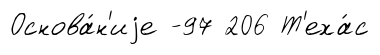
Основа́н'иjе -97 206 Т'еха́с